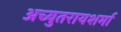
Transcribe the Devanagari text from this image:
अच्युतरायशर्मा